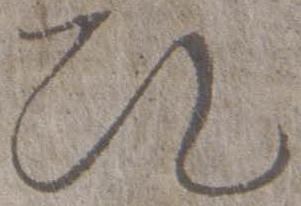
次